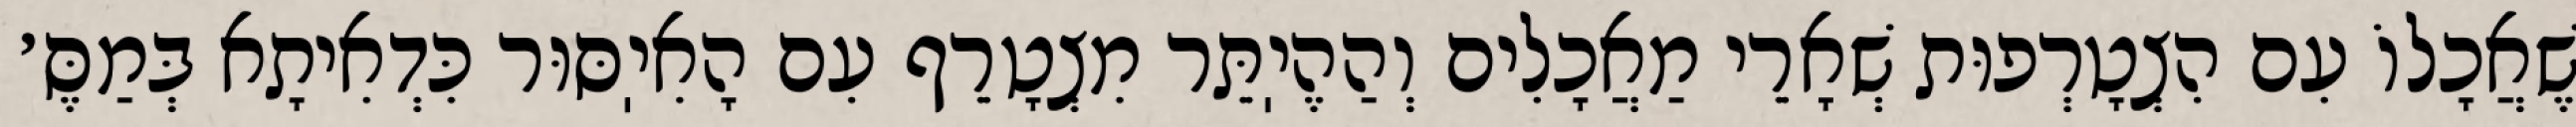
שֶׁאֲכָלוֹ עִם הִצְטָרְפוּת שְׁאָרֵי מַאֲכָלִים וְהַהֶיֽתֵּר מִצְטָרֵף עִם הָאִיֽסּוּר כִּדְאִיתָא בְּמַסֶּ׳